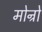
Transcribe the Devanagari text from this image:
मोन्रो